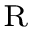
\scriptstyle \mathrm { \mathrm { ~ R ~ } }